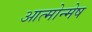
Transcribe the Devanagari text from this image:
आत्मोन्मेष